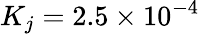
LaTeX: K_{j}=2.5\times 10^{-4}